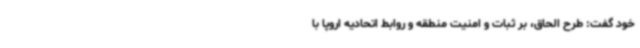
خود گفت: طرح الحاق، بر ثبات و امنیت منطقه و روابط اتحادیه اروپا با